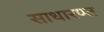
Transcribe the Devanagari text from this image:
साधारण्त